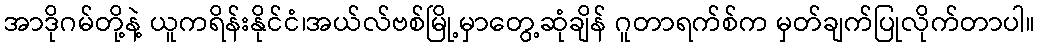
အာဒိုဂမ်တို့နဲ့ ယူကရိန်းနိုင်ငံ၊အယ်လ်ဗစ်မြို့မှာတွေ့ဆုံချိန် ဂူတာရက်စ်က မှတ်ချက်ပြုလိုက်တာပါ။